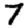
Digit: 7